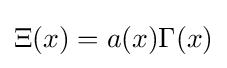
\Xi (x)=a(x)\Gamma (x)